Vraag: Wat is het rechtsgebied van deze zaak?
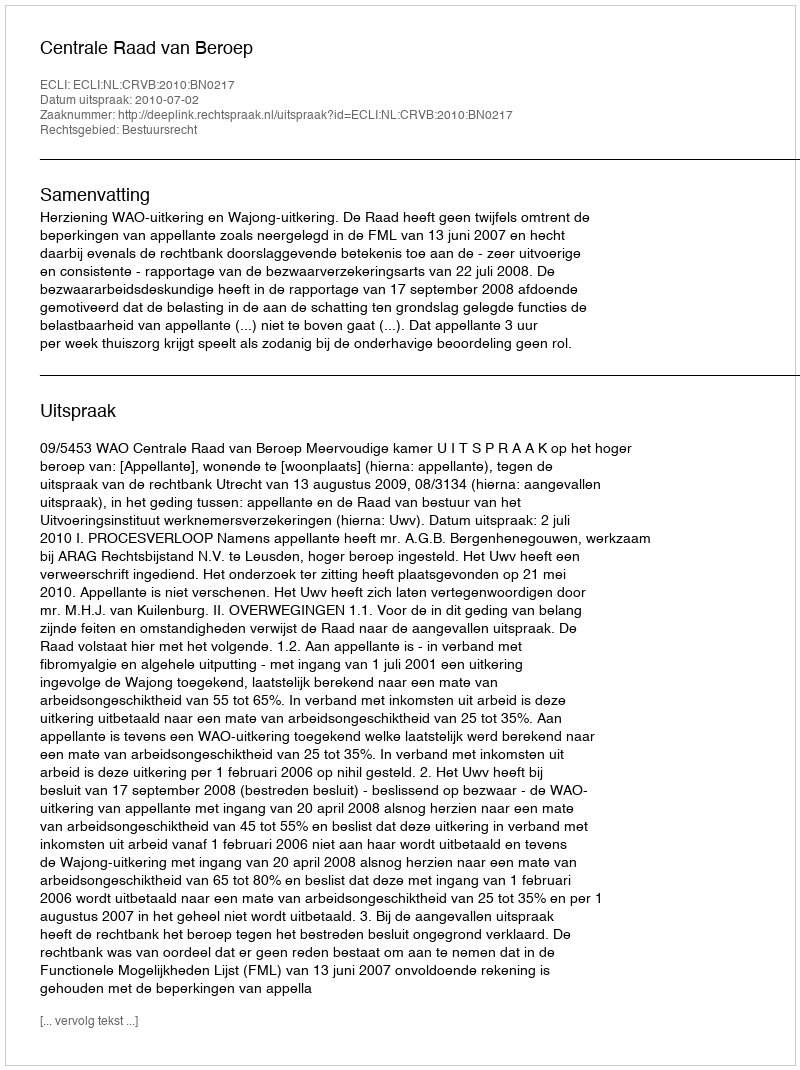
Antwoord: Bestuursrecht